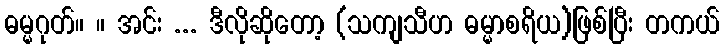
ဓမ္မဂုတ်။ ။ အင်း ... ဒီလိုဆိုတော့ (သကျသီဟ ဓမ္မာစရိယ)ဖြစ်ပြီး တကယ်